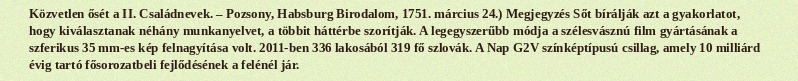
Közvetlen ősét a II. Családnevek. – Pozsony, Habsburg Birodalom, 1751. március 24.) Megjegyzés Sőt bírálják azt a gyakorlatot, hogy kiválasztanak néhány munkanyelvet, a többit háttérbe szorítják. A legegyszerűbb módja a szélesvásznú film gyártásának a szferikus 35 mm-es kép felnagyítása volt. 2011-ben 336 lakosából 319 fő szlovák. A Nap G2V színképtípusú csillag, amely 10 milliárd évig tartó fősorozatbeli fejlődésének a felénél jár.